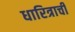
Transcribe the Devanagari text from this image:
धारित्राची